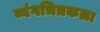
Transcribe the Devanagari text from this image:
व्यंगचित्रकला